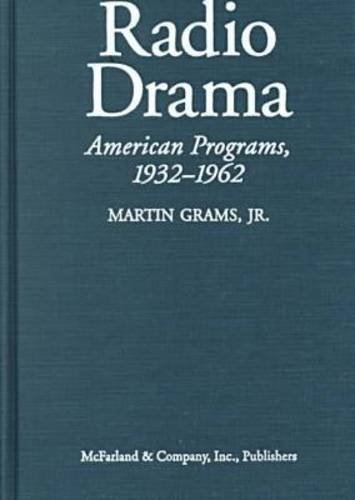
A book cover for Radio Drama: A Comprehensive Chronicle of American Network Programs, 1932-1962; Martin Grams Jr.; Humor & Entertainment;